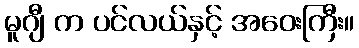
မူဂျီ က ပင်လယ်နှင့် အဝေးကြီး။